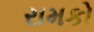
રામકો